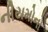
નીયમોનો